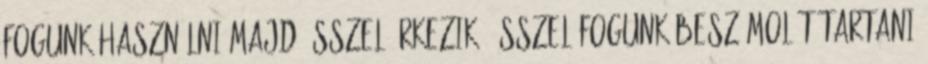
fogunk használni majd ősszel érkezik. Ősszel fogunk beszámolót tartani